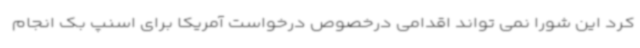
کرد این شورا نمی تواند اقدامی درخصوص درخواست آمریکا برای اسنپ بک انجام